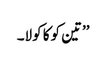
’’تین کوکا کولا۔